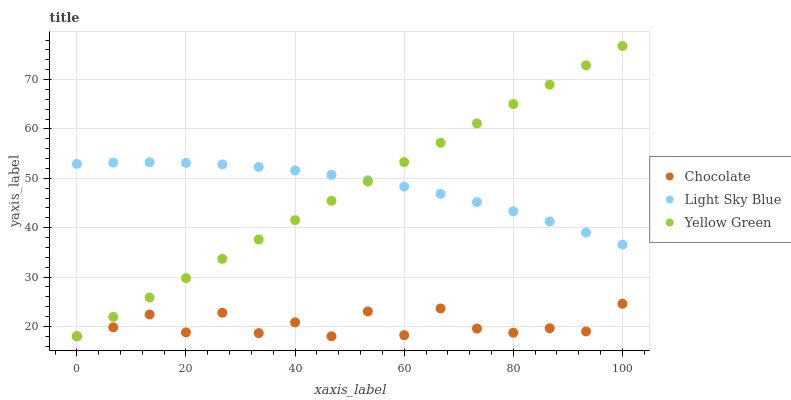
| xaxis_label | Chocolate | Light Sky Blue | Yellow Green |
 | --- | --- | --- | --- |
 | 0 | 18 | 52.9 | 18 |
 | 6.67 | 19.8 | 53.2 | 21.9 |
 | 13.3 | 22.4 | 53.2 | 25.8 |
 | 20 | 18.8 | 53.1 | 29.8 |
 | 26.7 | 22.8 | 52.8 | 33.7 |
 | 33.3 | 18.6 | 52.3 | 37.6 |
 | 40 | 20.8 | 51.6 | 41.5 |
 | 46.7 | 18 | 50.7 | 45.4 |
 | 53.3 | 23 | 49.6 | 49.4 |
 | 60 | 18.2 | 48.3 | 53.3 |
 | 66.7 | 23.6 | 46.8 | 57.2 |
 | 73.3 | 19.6 | 45.2 | 61.1 |
 | 80 | 18.7 | 43.3 | 65 |
 | 86.7 | 19.6 | 41.3 | 68.9 |
 | 93.3 | 19 | 39 | 72.9 |
 | 100 | 24.6 | 36.6 | 76.8 |